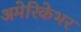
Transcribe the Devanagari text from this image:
अमेरिकेभर